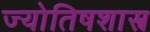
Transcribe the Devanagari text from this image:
ज्याेतिषशास्त्र